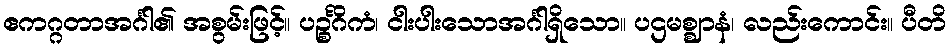
ဧကဂ္ဂတာအင်္ဂါ၏ အစွမ်းဖြင့်။ ပဉ္စင်္ဂိကံ၊ ငါးပါးသောအင်္ဂါရှိသော။ ပဌမစ္ဈာနံ၊ လည်းကောင်း။ ပီတိ